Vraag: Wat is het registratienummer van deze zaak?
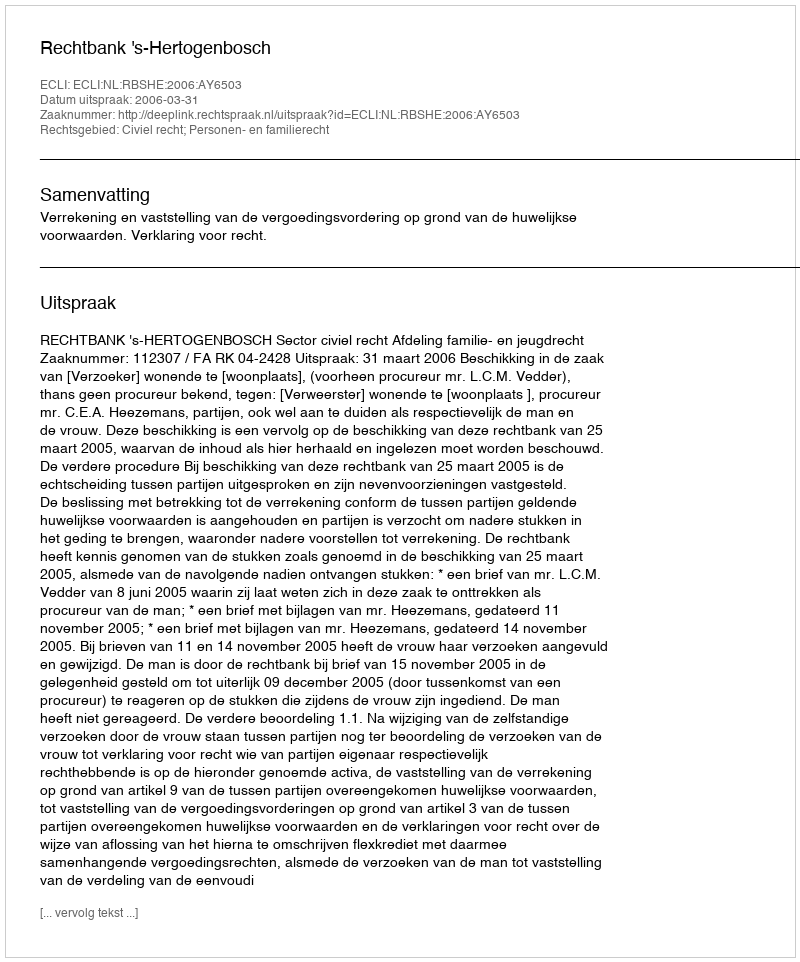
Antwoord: http://deeplink.rechtspraak.nl/uitspraak?id=ECLI:NL:RBSHE:2006:AY6503